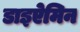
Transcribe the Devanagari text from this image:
डाइऐमिन